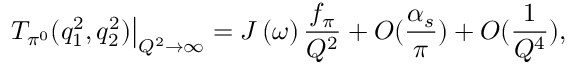
\left. T _ { \pi ^ { 0 } } ( q _ { 1 } ^ { 2 } , q _ { 2 } ^ { 2 } ) \right| _ { Q ^ { 2 } \rightarrow \infty } = J \left( \omega \right) \frac { f _ { \pi } } { Q ^ { 2 } } + O ( \frac { \alpha _ { s } } { \pi } ) + O ( \frac { 1 } { Q ^ { 4 } } ) ,